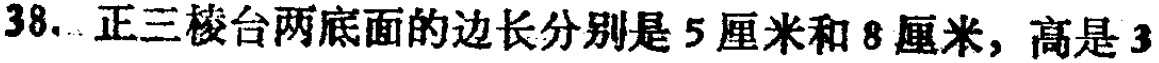
38. 正三棱台两底面的边长分别是 5 厘米和 8 厘米，高是 3